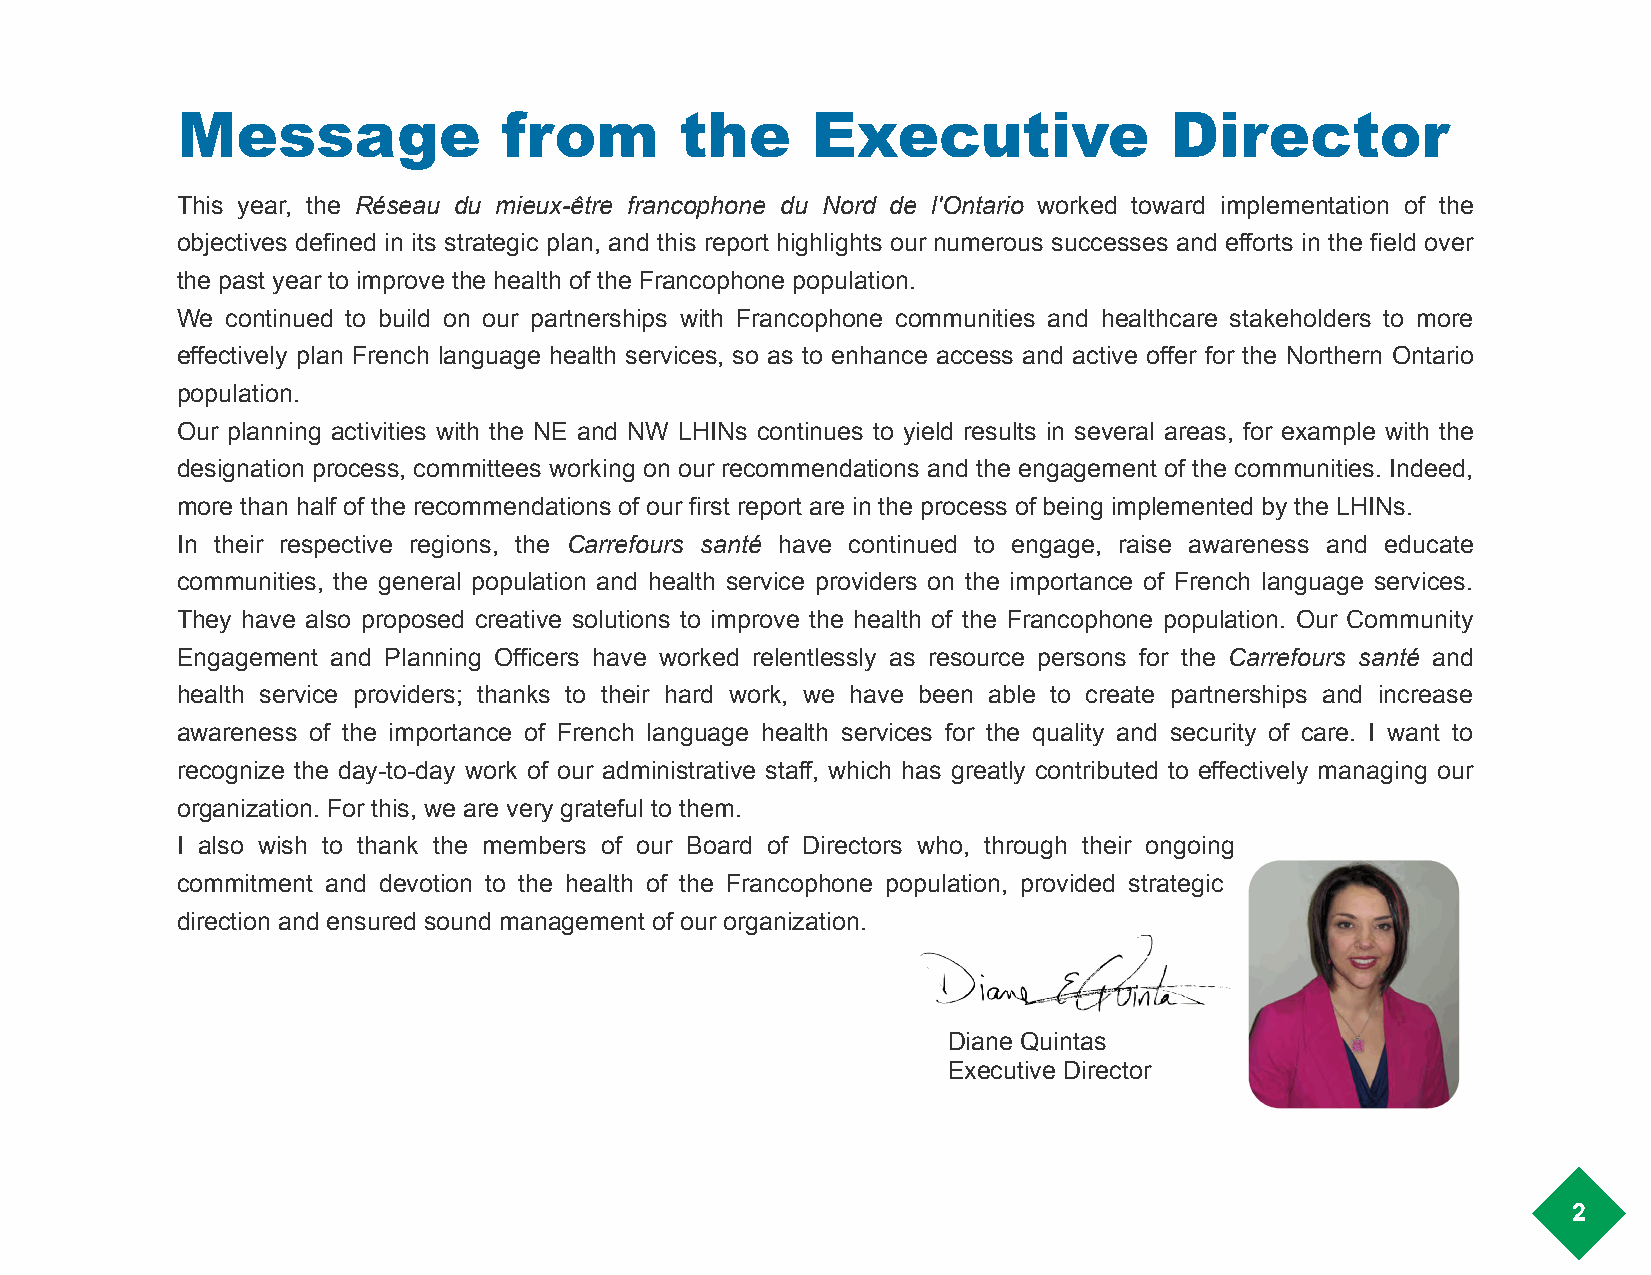
Message              from        the      Executive              Director
 This year, the Réseau du mieux-être francophone du Nord de l'Ontario worked toward implementation of the
 objectives defined in its strategic plan, and this report highlights our numerous successes and efforts in the field over
 the past year to improve the health of the Francophone population.
 We continued to build on our partnerships with Francophone communities and healthcare stakeholders to more
 effectively plan French language health services, so as to enhance access and active offer for the Northern Ontario
 population.
 Our planning activities with the NE and NW LHINs continues to yield results in several areas, for example with the
 designation process, committees working on our recommendations and the engagement of the communities. Indeed,
 more than half of the recommendations of our first report are in the process of being implemented by the LHINs.
 In their respective regions, the Carrefours santé have continued to engage, raise awareness and educate
 communities, the general population and health service providers on the importance of French language services.
 They have also proposed creative solutions to improve the health of the Francophone population. Our Community
 Engagement and Planning Officers have worked relentlessly as resource persons for the Carrefours santé and
 health service providers; thanks to their hard work, we have been able to create partnerships and increase
 awareness of the importance of French language health services for the quality and security of care. I want to
 recognize the day-to-day work of our administrative staff, which has greatly contributed to effectively managing our
 organization. For this, we are very grateful to them.
 I also wish to thank the members of our Board of Directors who, through their ongoing
 commitment and devotion to the health of the Francophone population, provided strategic
 direction and ensured sound management of our organization.
 Diane Quintas
 Executive Director
 2